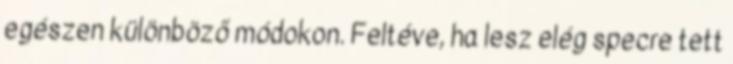
egészen különböző módokon. Feltéve, ha lesz elég specre tett